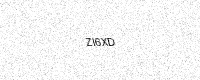
Text: ZI6XD